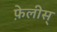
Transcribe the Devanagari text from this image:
फ़ेलीस्